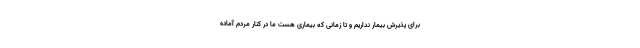
برای پذیرش بیمار نداریم و تا زمانی که بیماری هست ما در کنار مردم آماده